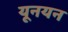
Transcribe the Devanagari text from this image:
यूनयन